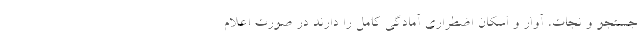
جستجو و نجات، آوار و اسکان اضطراری آمادگی کامل را دارند در صورت اعلام